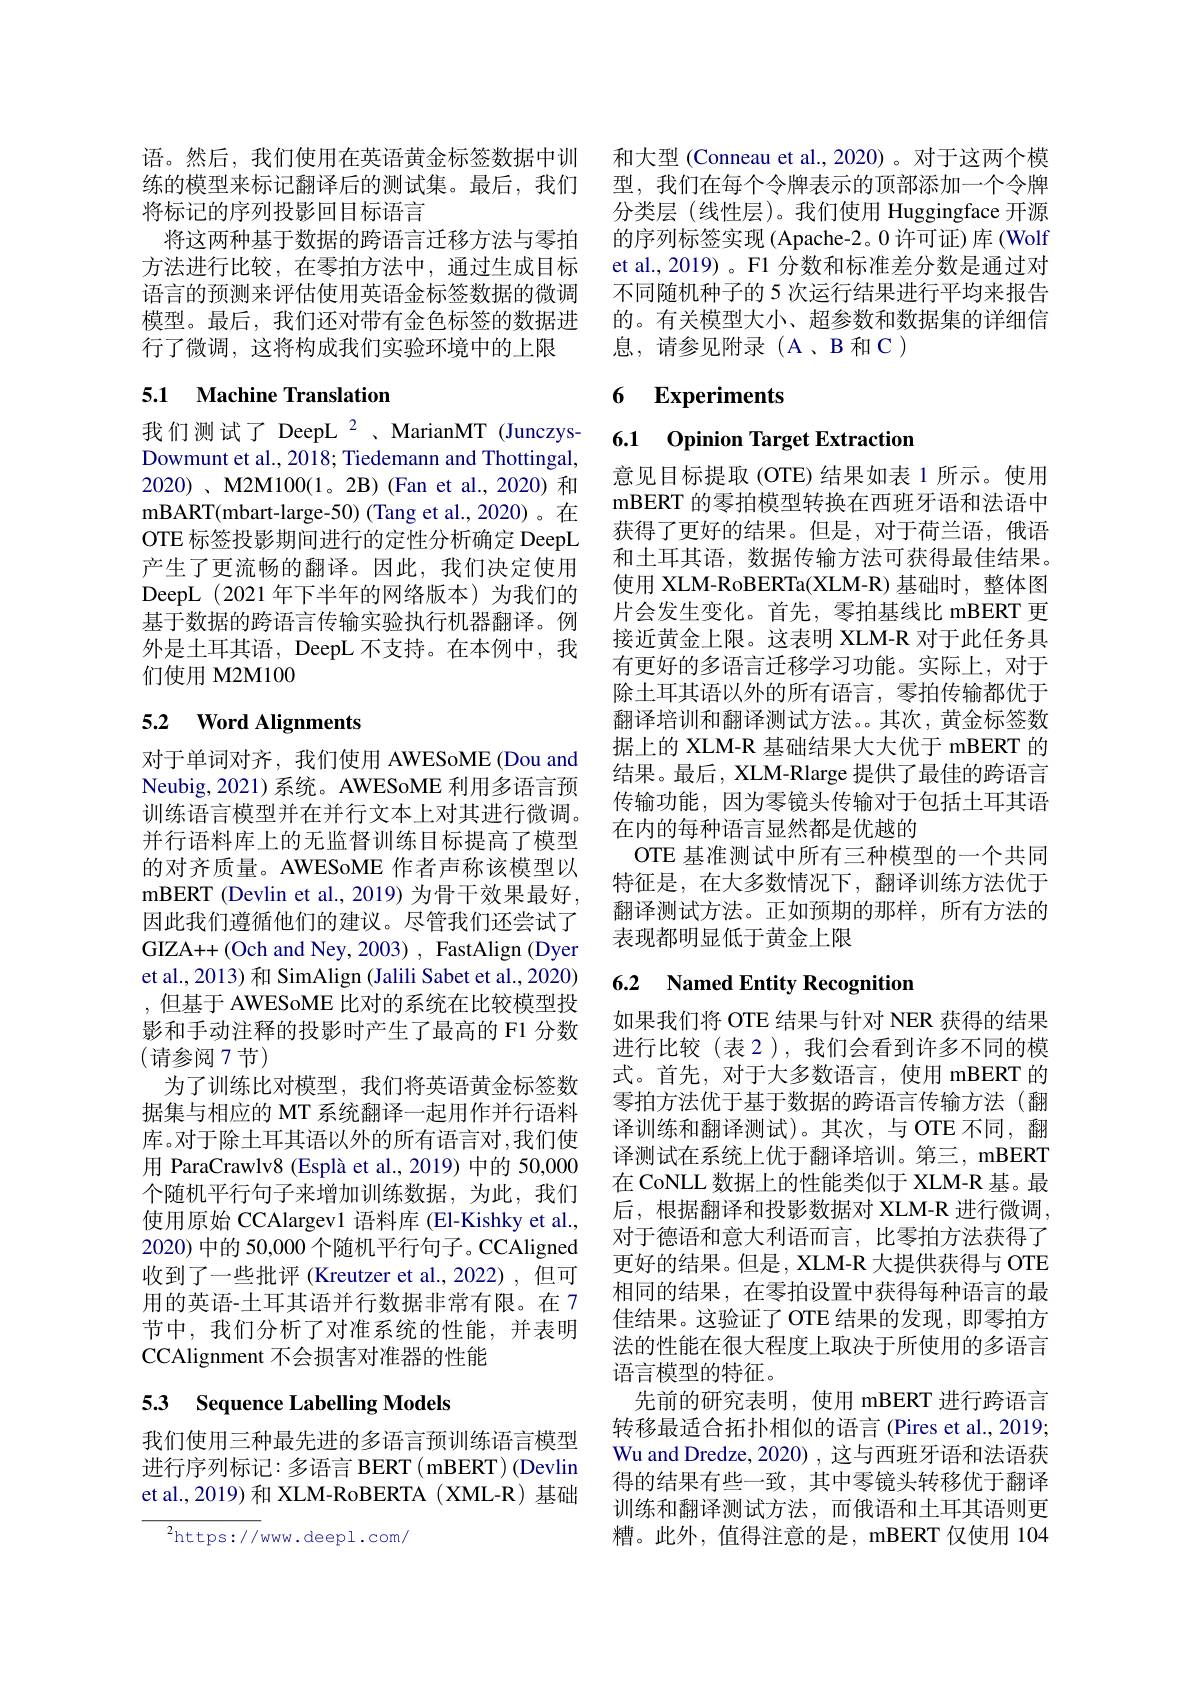
语。然后，我们使用在英语黄金标签数据中训 和大型 (Conneau et al.,2020)。对于这两个模
练的模型来标记翻译后的测试集。最后，我们
将标记的序列投影回目标语言
将这两种基于数据的跨语言迁移方法与零拍方法进行比较，在零拍方法中，通过生成目标语言的预测来评估使用英语金标签数据的微调模型。最后，我们还对带有金色标签的数据进行了微调，这将构成我们实验环境中的上限

## 5.1 Machine Translation

我们测试了 DeepL $^{2}$ , MarianMT (JunczysDowmunt et al., 2018; Tiedemann and Thottingal, $2020)、\mathbf{M}2$M100(1。2B)(Fan et al.,2020)和mBART( mbart- large- 50) ( Tang et al. , 2020) 。在OTE 标签投影期间进行的定性分析确定 DeepL 产生了更流畅的翻译。因此，我们决定使用DeepL(2021 年下半年的网络版本)为我们的基于数据的跨语言传输实验执行机器翻译。例外是土耳其语，DeepL 不支持。在本例中，我们使用 M2M100

# 5.2 $\textbf{Word Alignments}$

对于单词对齐，我们使用 AWESoME (Dou and Neubig, 2021) 系统。AWESoME 利用多语言预训练语言模型并在并行文本上对其进行微调。并行语料库上的无监督训练目标提高了模型的对齐质量。AWESoME 作者声称该模型以mBERT (Devlin et al.,2019) 为骨干效果最好， 因此我们遵循他们的建议。尽管我们还尝试了GIZA++(Och and Ney, 2003) , FastAlign (Dyer et al., 2013) 和 SimAlign (Jalili Sabet et al., 2020) ,但基于 AWESoME 比对的系统在比较模型投影和手动注释的投影时产生了最高的 F1 分数(请参阅 7节)
为了训练比对模型，我们将英语黄金标签数据集与相应的 MT 系统翻译一起用作并行语料库。对于除土耳其语以外的所有语言对，我们使用 ParaCrawlv8 (Esplà et al., 2019) 中的 50,000个随机平行句子来增加训练数据，为此，我们使用原始 CCAlargev1 语料库 (El-Kishky et al., 2020) 中的 50,000 个随机平行句子。CCAligned 收到了一些批评 (Kreutzer et al.,2022),但可用的英语-土耳其语并行数据非常有限。在7节中，我们分析了对准系统的性能，并表明CCAlignment 不会损害对准器的性能

# 53 Sequence Labelling Models

我们使用三种最先进的多语言预训练语言模型进行序列标记：多语言 BERT( mBERT) (Devlin et al.,2019) 和 XLM-RoBERTA ( XML-R) 基础

$^{2}$https://www.deepl.com/

型，我们在每个令牌表示的顶部添加一个令牌分类层(线性层)。我们使用 Huggingface 开源的序列标签实现 (Apache-2。0 许可证)库 (Wolf et al., 2019)。F1 分数和标准差分数是通过对不同随机种子的 5 次运行结果进行平均来报告的。有关模型大小、超参数和数据集的详细信息，请参见附录(A、B 和 C)

## 6 Experiments

## 6.1 Opinion Target Extraction

意见目标提取(OTE)结果如表 1 所示。使用mBERT 的零拍模型转换在西班牙语和法语中获得了更好的结果。但是，对于荷兰语，俄语和土耳其语，数据传输方法可获得最佳结果。使用 XLM-RoBERTa(XLM-R) 基础时，整体图片会发生变化。首先，零拍基线比 mBERT 更接近黄金上限。这表明 XLM-R 对于此任务具有更好的多语言迁移学习功能。实际上，对于除土耳其语以外的所有语言，零拍传输都优于翻译培训和翻译测试方法。。其次，黄金标签数据上的 XLM-R 基础结果大大优于 mBERT 的结果。最后，XLM-Rlarge 提供了最佳的跨语言传输功能，因为零镜头传输对于包括土耳其语在内的每种语言显然都是优越的
OTE 基准测试中所有三种模型的一个共同特征是，在大多数情况下，翻译训练方法优于翻译测试方法。正如预期的那样，所有方法的表现都明显低于黄金上限

## 6.2 Named Entity Recognition

如果我们将 OTE 结果与针对 NER 获得的结果进行比较(表 2),我们会看到许多不同的模式。首先，对于大多数语言，使用 mBERT 的零拍方法优于基于数据的跨语言传输方法(翻译训练和翻译测试)。其次，与 OTE 不同，翻译测试在系统上优于翻译培训。第三，mBERT 在 CoNLL 数据上的性能类似于 XLM-R 基。最后，根据翻译和投影数据对 XLM-R 进行微调， 对于德语和意大利语而言，比零拍方法获得了更好的结果。但是，XLM-R 大提供获得与 OTE 相同的结果，在零拍设置中获得每种语言的最佳结果。这验证了 OTE 结果的发现，即零拍方法的性能在很大程度上取决于所使用的多语言语言模型的特征。
先前的研究表明，使用 mBERT 进行跨语言转移最适合拓扑相似的语言 (Pires et al., 2019; Wu and Dredze, 2020) , 这与西班牙语和法语获得的结果有些一致，其中零镜头转移优于翻译训练和翻译测试方法，而俄语和土耳其语则更糟。此外，值得注意的是，mBERT 仅使用 104